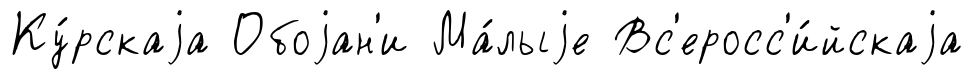
Ку́рскаjа Обоjан'и Ма́лыjе Вс'еросс'и́йскаjа